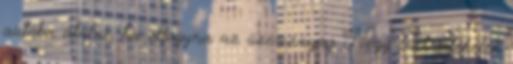
autóba átülni, ha elfogyna az üzemanyag Négy évet értékelek